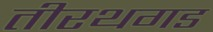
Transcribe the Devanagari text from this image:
तीरथगड